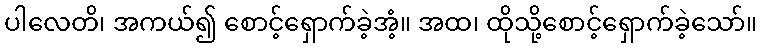
ပါလေတိ၊ အကယ်၍ စောင့်ရှောက်ခဲ့အံ့။ အထ၊ ထိုသို့စောင့်ရှောက်ခဲ့သော်။